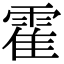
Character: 霍